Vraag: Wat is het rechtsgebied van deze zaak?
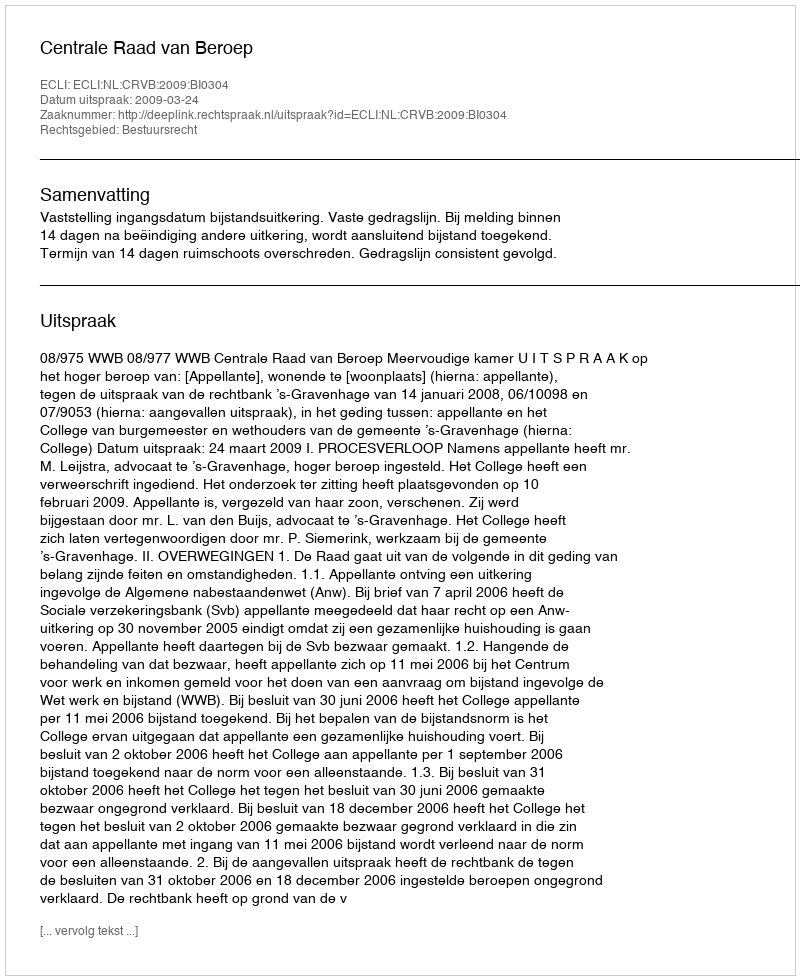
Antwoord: Bestuursrecht